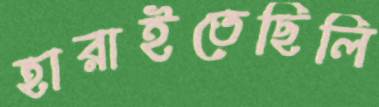
হারাইতেছিলি